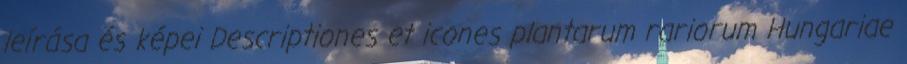
leírása és képei Descriptiones et icones plantarum rariorum Hungariae